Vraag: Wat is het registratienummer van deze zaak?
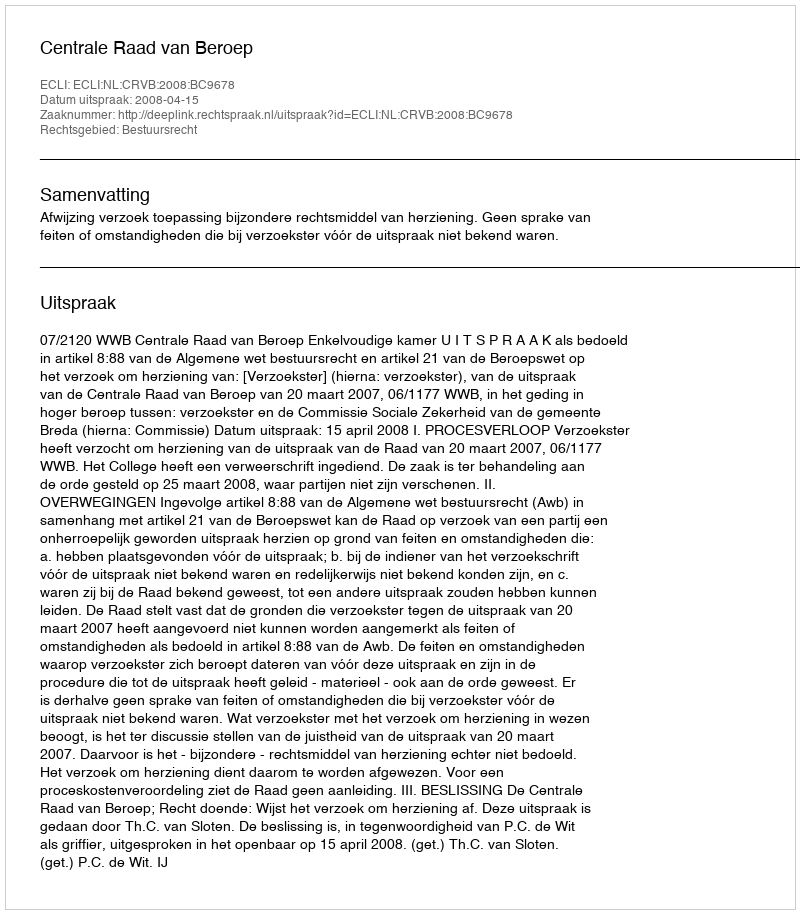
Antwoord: http://deeplink.rechtspraak.nl/uitspraak?id=ECLI:NL:CRVB:2008:BC9678